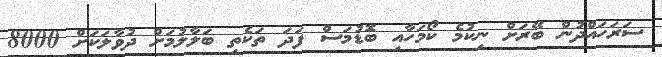
ސަރަހައްދުން ބޭރަށް ނިކުމެ ކޯމަހާއި ބޮޑުމަސް ފަދަ ތަކެތި ބަލާލުމަށް ދުވާލަކަށް 8000